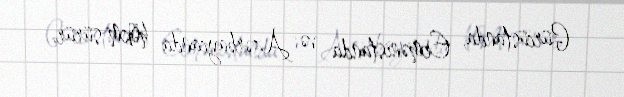
Gürcüstanda, Ermənistanda və Azərbaycanda hökm sürür.